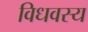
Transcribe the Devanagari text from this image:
विधवस्य